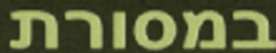
במסורת